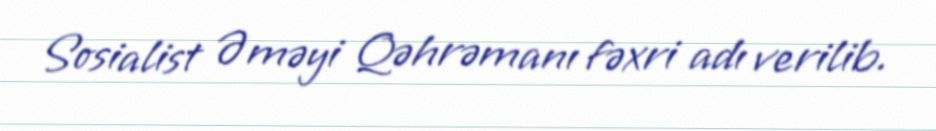
Sosialist Əməyi Qəhrəmanı fəxri adı verilib.